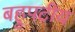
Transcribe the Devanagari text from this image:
बहुपटीय